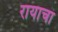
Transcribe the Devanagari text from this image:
रायाचा